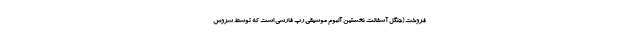
فروخت (جنگل آسفالت نخستین آلبوم‌ موسیقی رپ فارسی است که توسط سروش